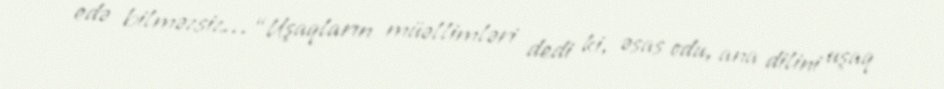
edə bilməzsiz… “Uşaqların müəllimləri dedi ki, əsas odu, ana dilini uşaq